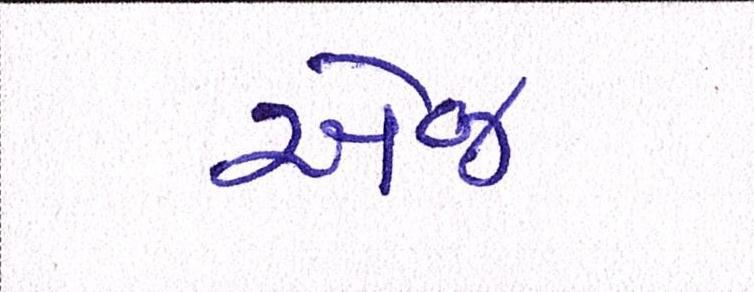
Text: એજ